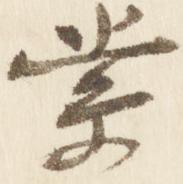
索